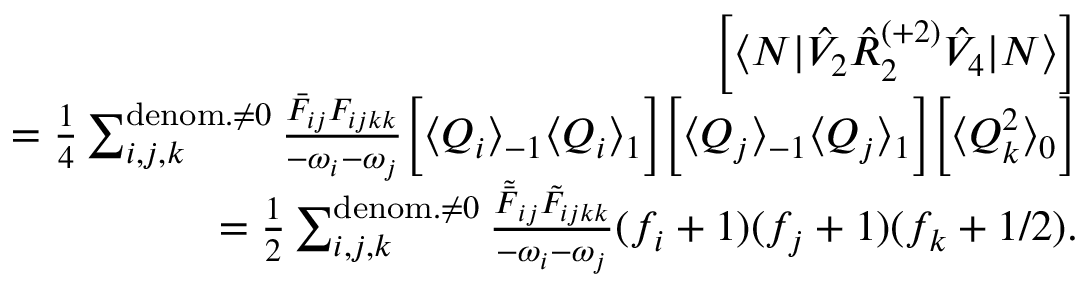
\begin{array} { r l r } & { } & { \left[ \langle N | \hat { V } _ { 2 } \hat { R } _ { 2 } ^ { ( + 2 ) } \hat { V } _ { 4 } | N \rangle \right] } \\ & { } & { = \frac { 1 } { 4 } \sum _ { i , j , k } ^ { { \mathrm { d e n o m . } \neq 0 } } \frac { \bar { F } _ { i j } { F } _ { i j k k } } { - \omega _ { i } - \omega _ { j } } \Big [ \langle Q _ { i } \rangle _ { - 1 } \langle Q _ { i } \rangle _ { 1 } \Big ] \Big [ \langle Q _ { j } \rangle _ { - 1 } \langle Q _ { j } \rangle _ { 1 } \Big ] \Big [ \langle Q _ { k } ^ { 2 } \rangle _ { 0 } \Big ] } \\ & { } & { = \frac { 1 } { 2 } \sum _ { i , j , k } ^ { { \mathrm { d e n o m . } \neq 0 } } \frac { \tilde { \bar { F } } _ { i j } \tilde { { F } } _ { i j k k } } { - \omega _ { i } - \omega _ { j } } ( f _ { i } + 1 ) ( f _ { j } + 1 ) ( f _ { k } + 1 / 2 ) . } \end{array}